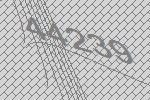
44239